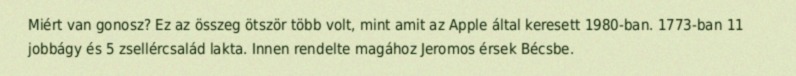
Miért van gonosz? Ez az összeg ötször több volt, mint amit az Apple által keresett 1980-ban. 1773-ban 11 jobbágy és 5 zsellércsalád lakta. Innen rendelte magához Jeromos érsek Bécsbe.